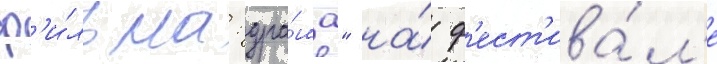
ф'и́льма: дра́ма" на́ ф'ест'ива́л'е